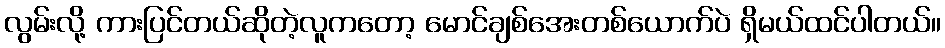
လွမ်းလို့ ကားပြင်တယ်ဆိုတဲ့လူကတော့ မောင်ချစ်အေးတစ်ယောက်ပဲ ရှိမယ်ထင်ပါတယ်။